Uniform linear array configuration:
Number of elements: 48
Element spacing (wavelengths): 1
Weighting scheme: uniform
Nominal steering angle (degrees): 45
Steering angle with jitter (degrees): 43.71
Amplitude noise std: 0.05
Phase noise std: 0.05

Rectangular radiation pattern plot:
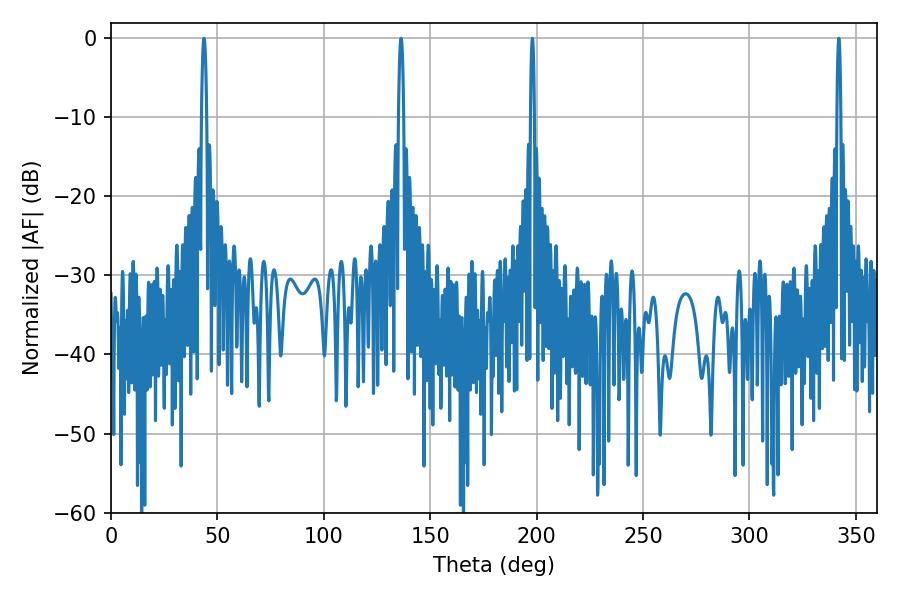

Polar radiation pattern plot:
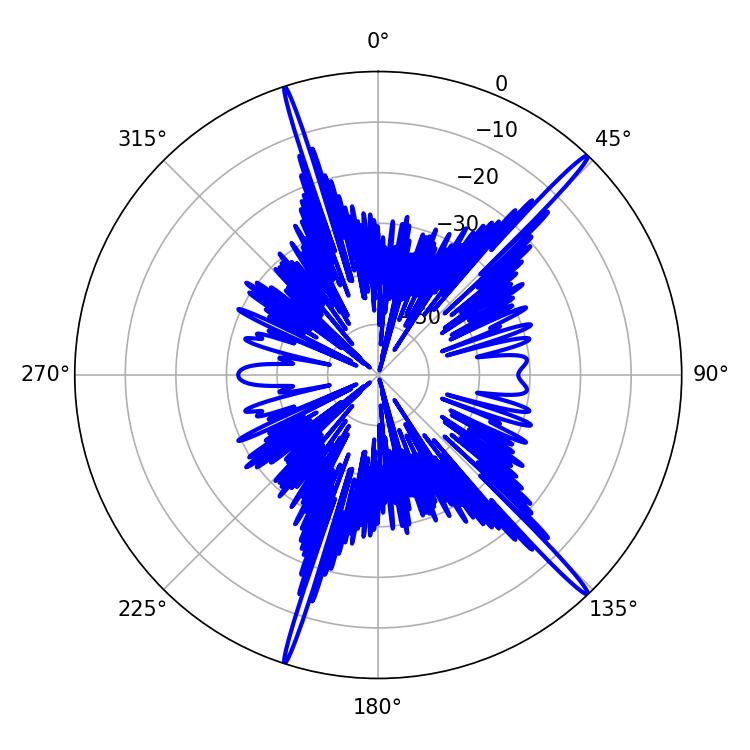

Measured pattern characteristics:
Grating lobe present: TRUE
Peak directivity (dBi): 18.811
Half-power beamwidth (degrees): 1.08
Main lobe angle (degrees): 198